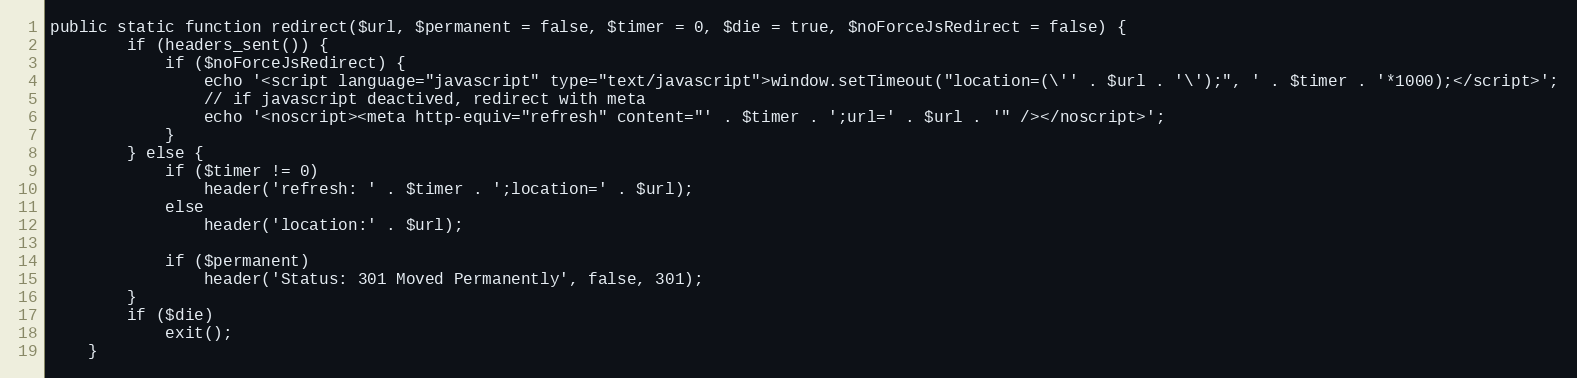
Language: PHP
public static function redirect($url, $permanent = false, $timer = 0, $die = true, $noForceJsRedirect = false) {
        if (headers_sent()) {
            if ($noForceJsRedirect) {
                echo '<script language="javascript" type="text/javascript">window.setTimeout("location=(\'' . $url . '\');", ' . $timer . '*1000);</script>';
                // if javascript deactived, redirect with meta
                echo '<noscript><meta http-equiv="refresh" content="' . $timer . ';url=' . $url . '" /></noscript>';
            }
        } else {
            if ($timer != 0)
                header('refresh: ' . $timer . ';location=' . $url);
            else
                header('location:' . $url);

            if ($permanent)
                header('Status: 301 Moved Permanently', false, 301);
        }
        if ($die)
            exit();
    }